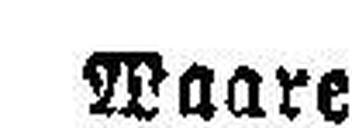
Waare